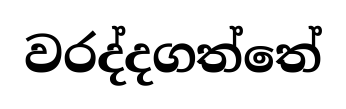
වරද්දගත්තේ